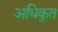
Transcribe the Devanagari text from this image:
अधिकृ्त